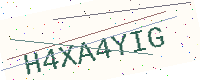
Text: H4XA4YIG